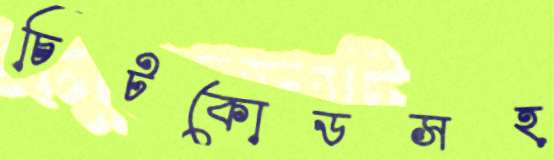
চিটকোডসহ